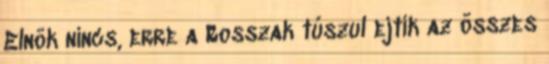
Elnök nincs, erre a Rosszak túszul ejtik az összes